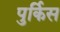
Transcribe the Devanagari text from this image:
पुर्किस